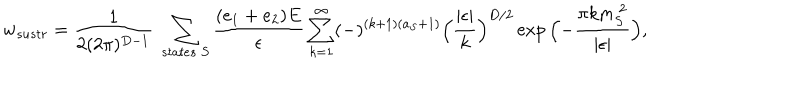
LaTeX: w _ { s u s t r } = { \frac { 1 } { 2 ( 2 \pi ) ^ { D - 1 } } } \ \sum _ { s t a t e s \ S } { \frac { ( e _ { 1 } + e _ { 2 } ) E } { \epsilon } } \sum _ { k = 1 } ^ { \infty } ( - ) ^ { ( k + 1 ) ( a _ { S } + 1 ) } \Bigl ( { \frac { \vert \epsilon \vert } { k } } \Bigr ) ^ { D / 2 } \exp { \Bigl ( - { \frac { \pi k m _ { S } ^ { \ 2 } } { \vert \epsilon \vert } } \Bigr ) } ,